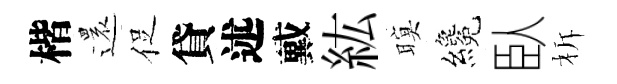
楷還促貸述戴紘暝纔臥柝